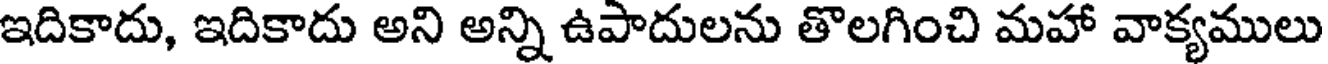
ఇదికాదు, ఇదికాదు అని అన్ని ఉపాదులను తొలగించి మహా వాక్యములు